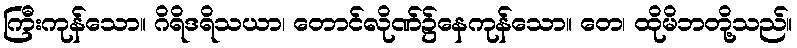
ကြီးကုန်သော။ ဂိရိဒရိသယာ၊ တောင်လိုဏ်၌နေကုန်သော။ တေ၊ ထိုမိဘတို့သည်။